Annual administration report of the Civil Veterinary Department of India - 1895-1896
Year: 1895
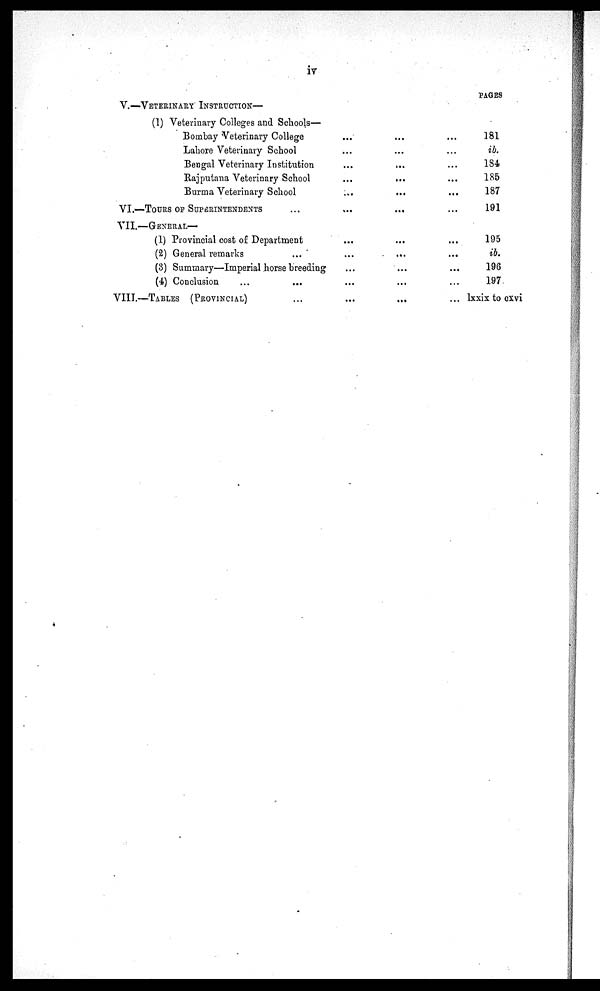
iv
V.—VETERINARY INSTRUCTION—
(1) Veterinary Colleges and Schools—
Bombay Veterinary College ... ... ...
Lahore Veterinary School ... ... ...
Bengal Veterinary Institution ... ... ...
Rajputana Veterinary School ... ... ...
Burma Veterinary School ... ... ...
VI.—TOURS OF SUPERINTENDENTS ... ... ... ...
VII.—GENERAL—
(1) Provincial cost of Department ... ... ...
(2) General remarks ... ... ... ...
(3) Summary—Imperial horse breeding ... ... ...
(4) Conclusion ... ... ... ... ...
VIII.—TABLES (PROVINCIAL) ... ... ... ...
PAGES
181
ib.
184
185
187
191
195
ib.
196
197
lxxix to cxvi